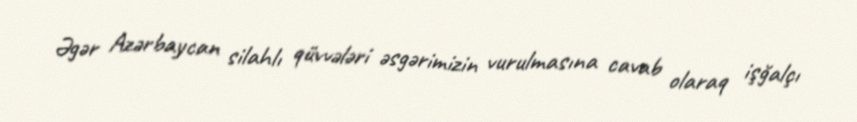
Əgər Azərbaycan silahlı qüvvələri əsgərimizin vurulmasına cavab olaraq işğalçı